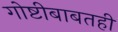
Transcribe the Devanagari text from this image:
गोष्टीबाबतही